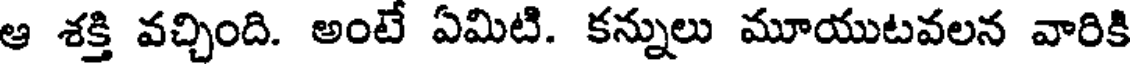
ఆ శక్తి వచ్చింది. అంటే ఏమిటి. కన్నులు మూయుటవలన వారికి